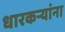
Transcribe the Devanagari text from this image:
धारकर्‍यांना